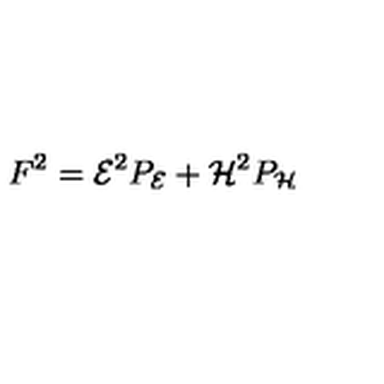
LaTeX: F ^ { 2 } = { \cal E } ^ { 2 } P _ { \cal E } + { \cal H } ^ { 2 } P _ { \cal H }